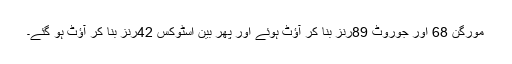
مورگن 68 اور جوروٹ 89رنز بنا کر آؤٹ ہوئے اور پھر بین اسٹوکس 42رنز بنا کر آؤٹ ہو گئے۔